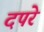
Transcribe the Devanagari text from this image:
दपरे